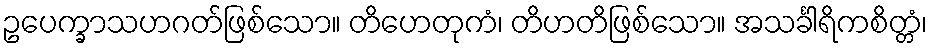
ဥပေက္ခာသဟဂတ်ဖြစ်သော။ တိဟေတုကံ၊ တိဟတိဖြစ်သော။ အသင်္ခါရိကစိတ္တံ၊